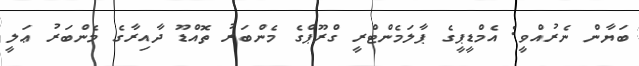
ބަޔާން ނެރުއްވީ: އެމްޑީޕީގެ ޕާލަމެންޓްރީ ގްރޫޕްގެ މެންބަރު ތޮއްޑޫ ދާއިރާގެ މެންބަރު ޢަލީ